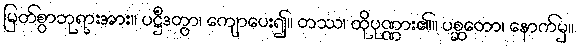
မြတ်စွာဘုရားအား။ ပဋ္ဌိံဒတွာ၊ ကျောပေး၍။ တဿ၊ ထိုပုဏ္ဏား၏။ ပစ္ဆတော၊ နောက်မှ။